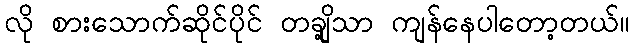
လို စားသောက်ဆိုင်ပိုင် တချို့သာ ကျန်နေပါတော့တယ်။